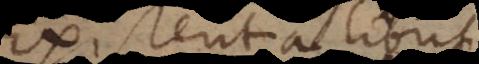
Existentialibu